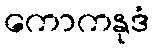
ကောကနုဒံ